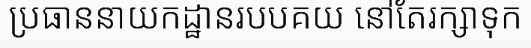
ប្រធាននាយកដ្ឋានរបបគយ នៅតែរក្សាទុក